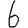
Digit: 6